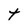
Character: t